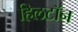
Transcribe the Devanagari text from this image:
हिलटॉन